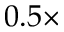
0 . 5 \times